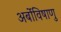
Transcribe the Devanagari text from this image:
अर्बोविषाणु